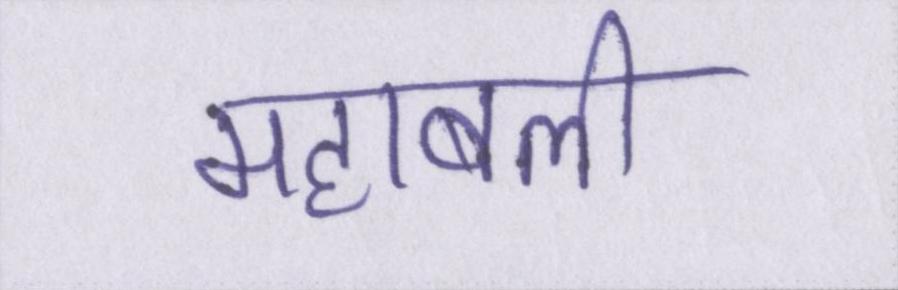
महाबली